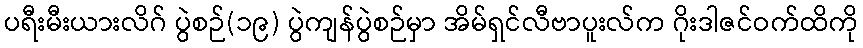
ပရီးမီးယားလိဂ် ပွဲစဉ်(၁၉) ပွဲကျန်ပွဲစဉ်မှာ အိမ်ရှင်လီဗာပူးလ်က ဂိုးဒါဇင်ဝက်ထိကို